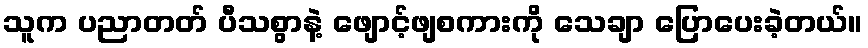
သူက ပညာတတ် ပီသစွာနဲ့ ဖျောင့်ဖျစကားကို သေချာ ပြောပေးခဲ့တယ်။